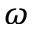
\omega